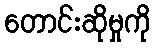
တောင်းဆိုမှုကို